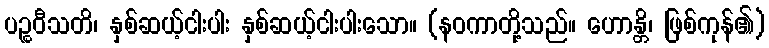
ပဉ္စဝီသတိ၊ နှစ်ဆယ့်ငါးပါး နှစ်ဆယ့်ငါးပါးသော။ (နဝကာတို့သည်။ ဟောန္တိ၊ ဖြစ်ကုန်၏)